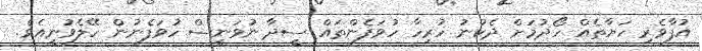
އުފާވެރި ހަޔާތެއް ހޯދުމަށް ދެކުނު ހުރިހާ ހުވަފެންތައް ސީދާ ނުވަނީސް ހުވަފެނުން ހޭލެވުނީއެވެ.